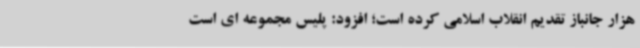
هزار جانباز تقدیم انقلاب اسلامی کرده است؛ افزود: پلیس مجموعه ای است